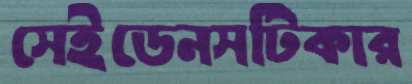
সেইডেনসটিকার